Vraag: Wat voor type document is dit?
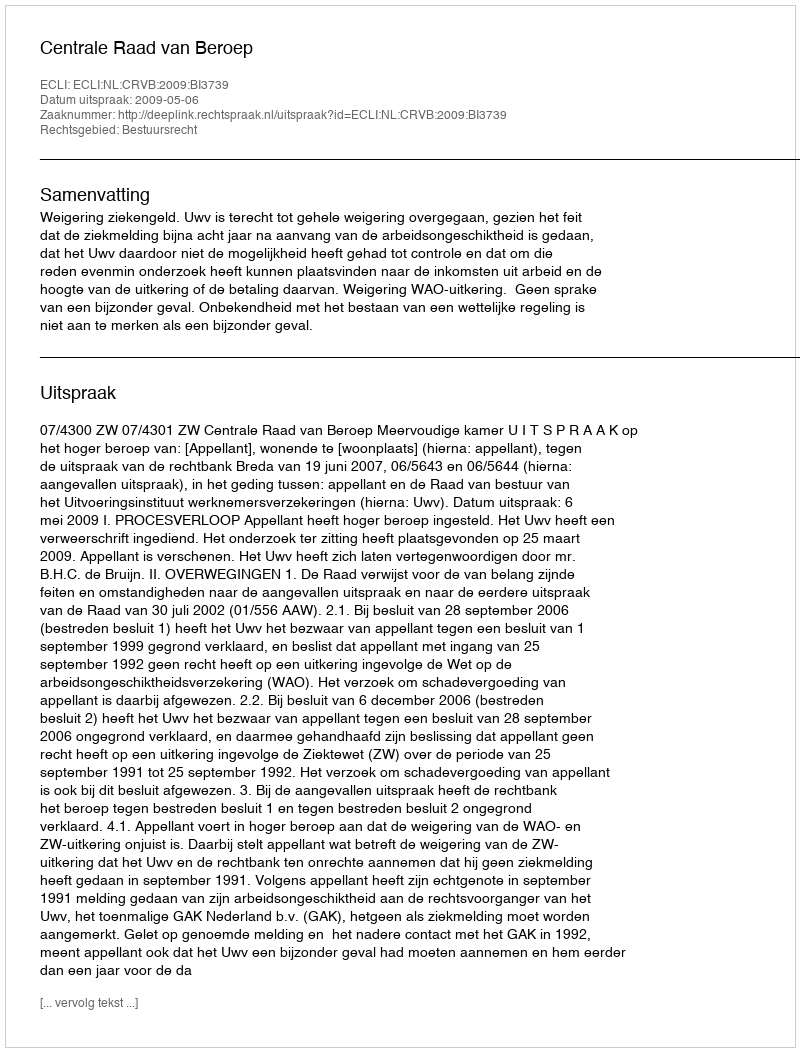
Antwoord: Uitspraak